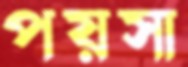
পয়সা